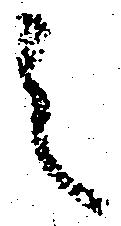
之